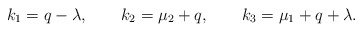
\begin{align*}k_1 = q - \lambda, \qquad k_2 = \mu_2 + q, \qquad k_3 = \mu_1 + q + \lambda. \end{align*}